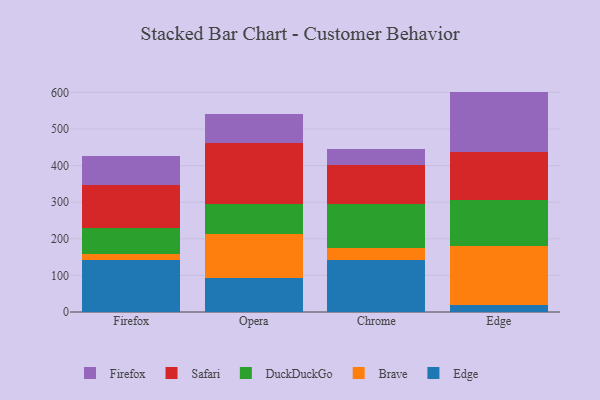
{"axis": {"x": "Browser", "y": "Production Output"}, "legend": ["Brave", "DuckDuckGo", "Edge", "Firefox", "Safari"], "data": [{"x": "Firefox", "y": 141.7, "type": "Edge"}, {"x": "Firefox", "y": 17.8, "type": "Brave"}, {"x": "Firefox", "y": 70.8, "type": "DuckDuckGo"}, {"x": "Firefox", "y": 115.8, "type": "Safari"}, {"x": "Firefox", "y": 80.2, "type": "Firefox"}, {"x": "Opera", "y": 93.9, "type": "Edge"}, {"x": "Opera", "y": 120.1, "type": "Brave"}, {"x": "Opera", "y": 81.5, "type": "DuckDuckGo"}, {"x": "Opera", "y": 166.3, "type": "Safari"}, {"x": "Opera", "y": 80.4, "type": "Firefox"}, {"x": "Chrome", "y": 143.0, "type": "Edge"}, {"x": "Chrome", "y": 31.3, "type": "Brave"}, {"x": "Chrome", "y": 122.1, "type": "DuckDuckGo"}, {"x": "Chrome", "y": 104.1, "type": "Safari"}, {"x": "Chrome", "y": 45.3, "type": "Firefox"}, {"x": "Edge", "y": 18.0, "type": "Edge"}, {"x": "Edge", "y": 162.4, "type": "Brave"}, {"x": "Edge", "y": 124.5, "type": "DuckDuckGo"}, {"x": "Edge", "y": 132.0, "type": "Safari"}, {"x": "Edge", "y": 165.3, "type": "Firefox"}]}